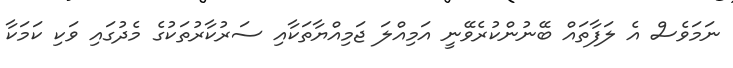
ނަމަވެސް އެ ލަފާތައް ބޭނުންކުރެވޭނީ އަމިއްލަ ޖަމިއްޔާތަކާއި ސަރުކާރުތަކުގެ މެދުގައި ވަކި ކަމަކާ